Annual report on the working of the lock hospitals in the Central Provinces
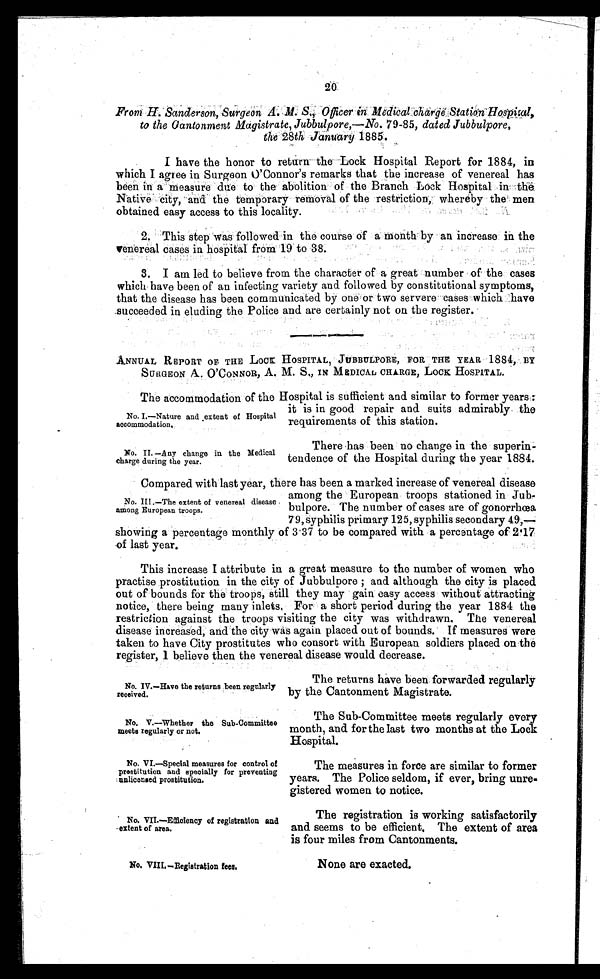
No. II. —Any change in the Medical
charge during the year.
No. IV.—Have the returns been regularly
received.
The returns have been forwarded regularly
by the Cantonment Magistrate.
No. V.—Whether the Sub-Committee
meets regularly or not.
The Sub-Committee meets regularly every
month, and for the last two months at the Lock
Hospital.
No. VI.—Special measures for control of
prostitution and specially for preventing
unlicensed prostitution.
20
From H. Sanderson, Surgeon A. M. S., Officer in Medical charge Station Hospital,
to the Oantonment Magistrate, Jubbulpore,—No. 79-85 , dated Jubbulpore,
the 28th January 1885 .
I have the honor to return the Lock Hospital Report for 1884, in
which I agree in Surgeon O'Connor's remarks that the increase of venereal has
been in a measure due to the abolition of the Branch Lock Hospital in the
Native city, and the temporary removal of the restriction, whereby the men
obtained easy access to this locality.
This step was followed in the course of a month by an increase in the
venereal cases in hospital from 19 to 38.
I am led to believe from the character of a great number of the cases
which have been of an infecting variety and followed by constitutional symptoms,
that the disease has been communicated by one or two servere cases which have
succeeded in eluding the Police and are certainly not on the register.
ANNUAL REPORT OF THE LOCK HOSPITAL, JUBBULPORE, FOR THE YEAR 1884, BY
SURGEON A. O'CONNOR, A. M. S., IN MEDICAL CHARGE, LOCK HOSPITAL.
No. I.—Nature and extent of Hospital
accommodation,
The accommodation of the Hospital is sufficient and similar to former years:
it is in good repair and suits admirably the
requirements of this station.
There has been no change in the superin-
tendence of the Hospital during the year 1884.
No. III.—The extent of venereal disease
among European troops.
Compared with last year, there has been a marked increase of venereal disease
among the European troops stationed in Jub-
bulpore. The number of cases are of gonorrhœa
79, syphilis primary 125, syphilis secondary 49,—.
showing a percentage monthly of 3.37 to be compared with a percentage of 2.17
of last year.
This increase I attribute in a great measure to the number of women who
practise prostitution in the city of Jubbulpore; and although the city is placed
out of bounds for the troops, still they may gain easy access without attracting
notice, there being many inlets. For a short period during the year 1884 the
restriction against the troops visiting the city was withdrawn. The venereal
disease increased, and the city was again placed out of bounds. If measures were
taken to have City prostitutes who consort with European soldiers placed on the
register, 1 believe then the venereal disease would decrease.
The measures in force are similar to former
years. The Police seldom, if ever, bring unre-
gistered women to notice.
No. VII.—Efficiency of registration and
extent of area.
The registration is working satisfactorily
and seems to be efficient. The extent of area
is four miles from Cantonments.
No. VIII. —Registration fees.
None are exacted.